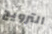
الترويج